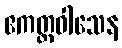
ဧကတ္တဝါသေန